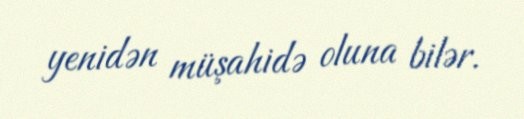
yenidən müşahidə oluna bilər.